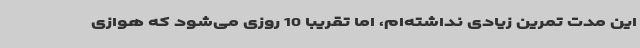
این مدت تمرین زیادی نداشته‌ام، اما تقریبا 10 روزی می‌شود که هوازی